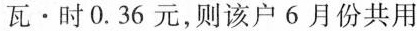
瓦 \cdot 时0.36元，则该户6月份共用